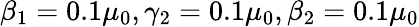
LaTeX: \beta_{1}=0.1\mu_{0},\gamma_{2}=0.1\mu_{0},\beta_{2}=0.1\mu_{0}